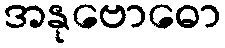
အနုဗောဓော